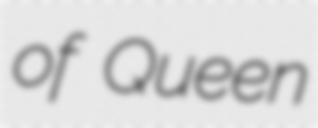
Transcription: of Queen